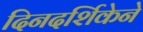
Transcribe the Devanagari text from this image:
दिनदर्शिकेने